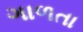
ગાળતા